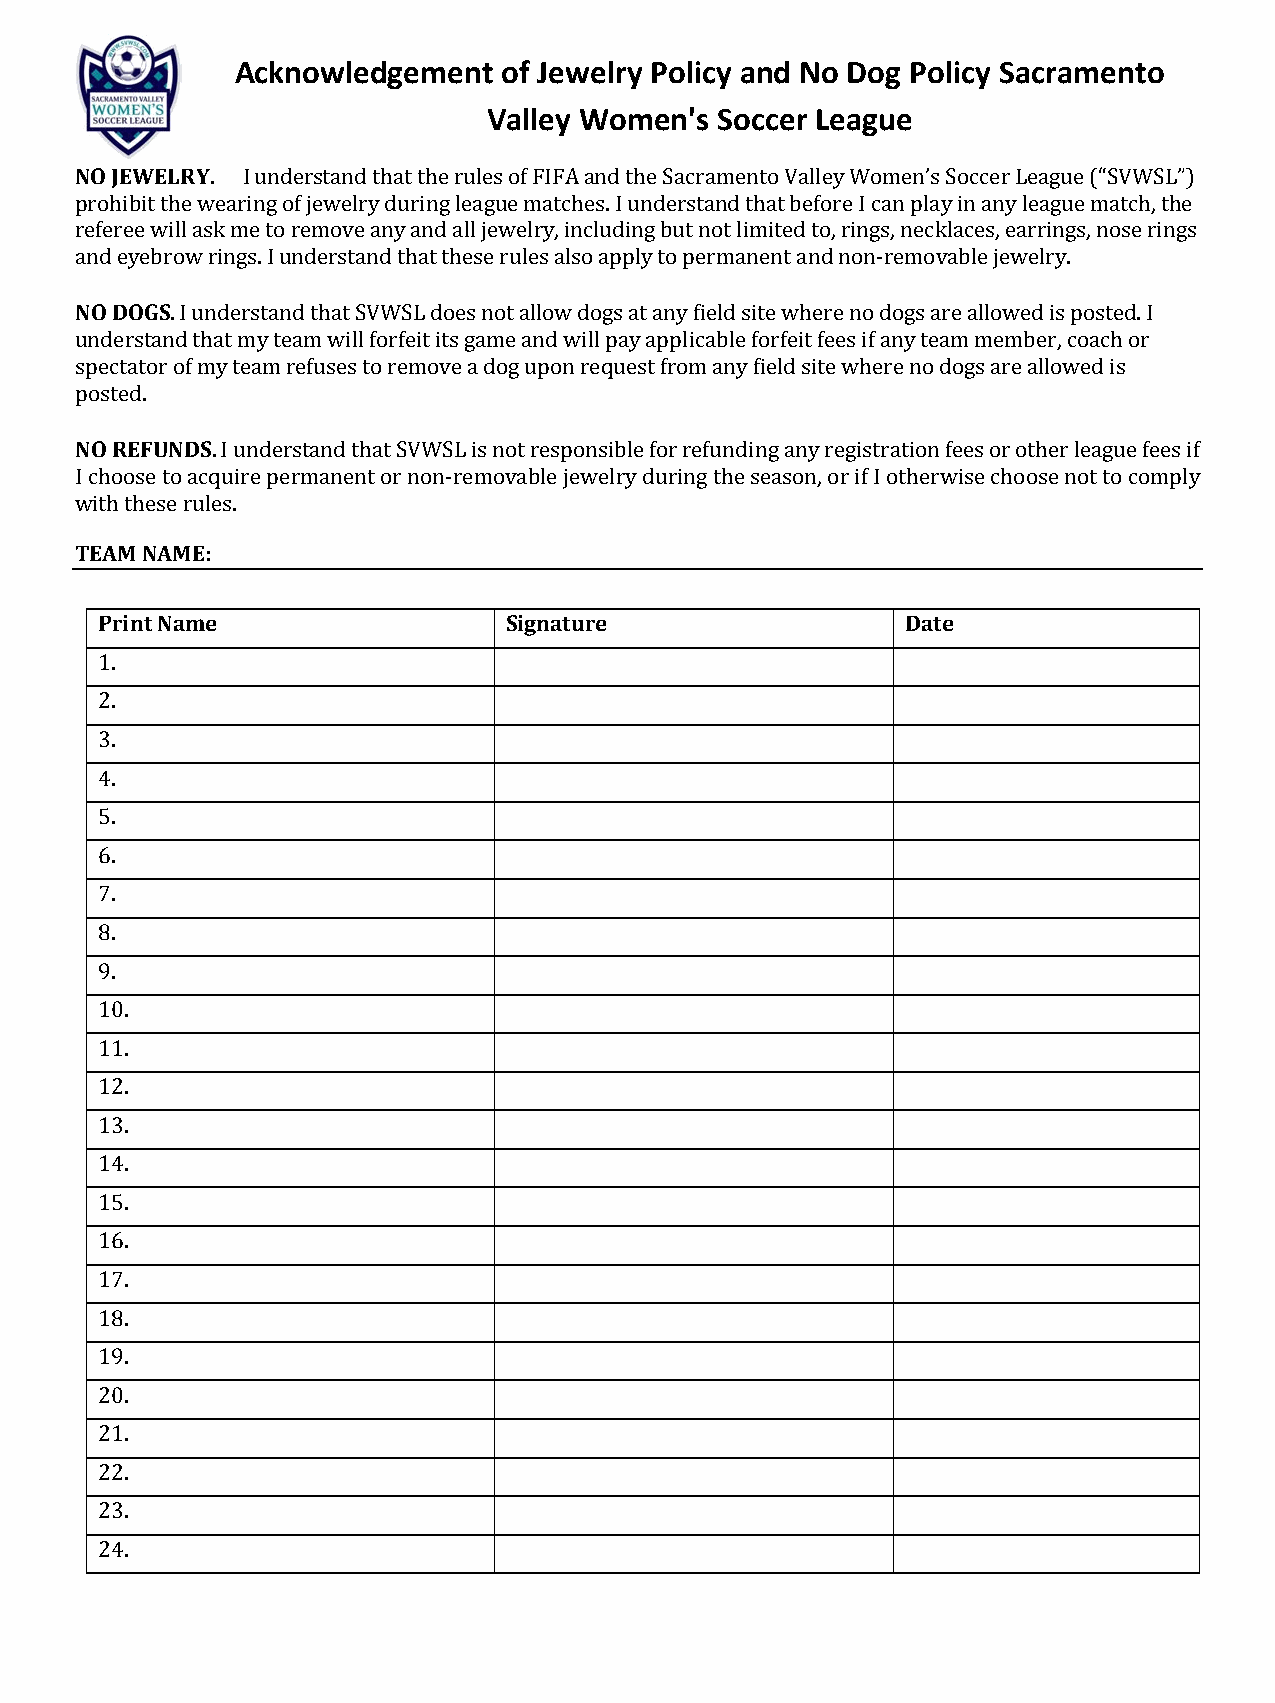
Acknowledgement  of Jewelry Policy and No Dog Policy Sacramento
 Valley Women's  Soccer League
 NO JEWELRY
 . I understand that the rules of FIFA and the Sacramento Valley Women’s Soccer League (“SVWSL”)
 prohibit the wearing of jewelry during league matches. I understand that before I can play in any league match, the
 referee will ask me to remove any and all jewelry, including but not limited to, rings, necklaces, earrings, nose rings
 aNnOd D eOyeGbSrow rings. I understand that these rules also apply to permanent and non-removable jewelry.
 . I understand that SVWSL does not allow dogs at any field site where no dogs are allowed is posted. I
 understand that my team will forfeit its game and will pay applicable forfeit fees if any team member, coach or
 spectator of my team refuses to remove a dog upon request from any field site where no dogs are allowed is
 posted.
 NO REFUNDS
 . I understand that SVWSL is not responsible for refunding any registration fees or other league fees if
 I choose to acquire permanent or non-removable jewelry during the season, or if I otherwise choose not to comply
 TwEitAhM th NesAeM ruEl:e s .
 Print Name                 Signature                  Date
 1.
 2.
 3.
 4.
 5.
 6.
 7.
 8.
 9.
 10.
 11.
 12.
 13.
 14.
 15.
 16.
 17.
 18.
 19.
 20.
 21.
 22.
 23.
 24.